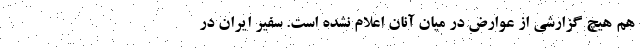
هم هیچ گزارشی از عوارض در میان آنان اعلام نشده است. سفیر ایران در